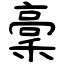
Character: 稾